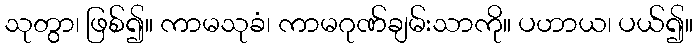
သုတွာ၊ ဖြစ်၍။ ကာမသုခံ၊ ကာမဂုဏ်ချမ်းသာကို။ ပဟာယ၊ ပယ်၍။